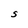
Character: S